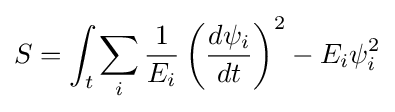
S=\int _{t}\sum _{i}{1 \over E_{i}}\left({\frac {d\psi _{i}}{dt}}\right)^{2}-E_{i}\psi _{i}^{2}